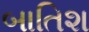
બાતિશ